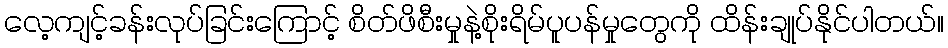
လေ့ကျင့်ခန်းလုပ်ခြင်းကြောင့် စိတ်ဖိစီးမှုနဲ့စိုးရိမ်ပူပန်မှုတွေကို ထိန်းချုပ်နိုင်ပါတယ်။